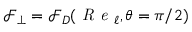
\mathcal { F } _ { \perp } = \mathcal { F } _ { D } ( \textit { R e } _ { \ell } , \theta = \pi / 2 )